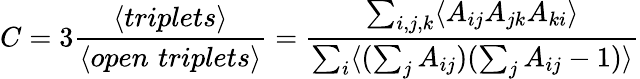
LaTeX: C=3\frac{\langle{triplets}\rangle}{\langle{open\, \, triplets}\rangle}=\frac{\sum_{i,j,k}\langle{A_{ij}A_{jk}A_{ki}}\rangle}{\sum_{i}\langle{(\sum_{j}A_{ij})(\sum_{j}A_{ij}-1)}\rangle}